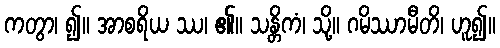
ကတွာ၊ ၍။ အာစရိယ ဿ၊ ၏။ သန္တိကံ၊ သို့။ ဂမိဿာမီတိ၊ ဟူ၍။